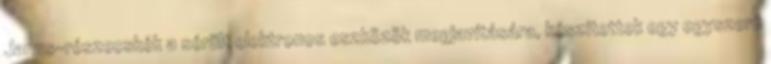
Janus-részecskék a sérült elektronos eszközök megjavítására, készítettek egy egyszerű